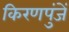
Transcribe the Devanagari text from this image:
किरणपुंजें